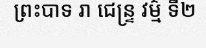
ព្រះបាទ រា ជេន្ទ្រ វម៌្ម ទី២